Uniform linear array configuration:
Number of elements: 24
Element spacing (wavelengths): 0.25
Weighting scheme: blackman
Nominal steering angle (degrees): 15
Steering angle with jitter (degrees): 14.045
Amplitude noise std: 0.05
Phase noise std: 0.05

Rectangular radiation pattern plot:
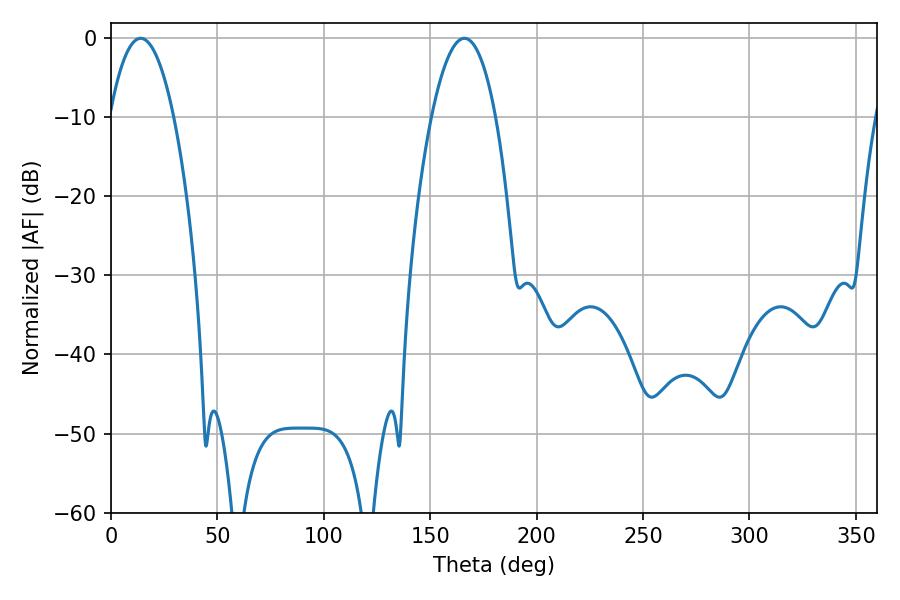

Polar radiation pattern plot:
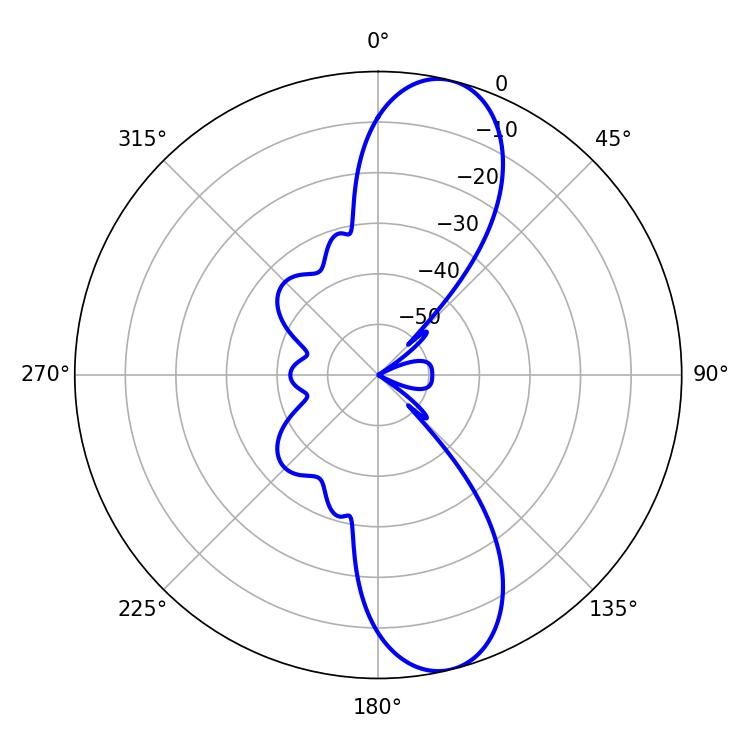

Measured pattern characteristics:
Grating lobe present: FALSE
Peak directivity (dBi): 11.219
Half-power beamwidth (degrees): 16.74
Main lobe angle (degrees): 13.86